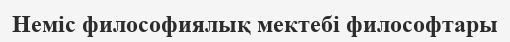
Неміс философиялық мектебі философтары